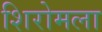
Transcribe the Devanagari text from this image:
शिरोमला